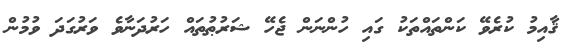
ޤާއިމު ކުރެވޭ ކަންތައްތަކު ގައި ހުންނަން ޖެހޭ ޝަރުޠުތައް ހަރުދަނާވެ ވަރުގަދަ ވުމުން